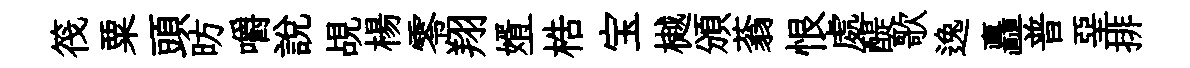
筏粟頭昉嚼説覘楊零翔婿一梏宝樾頒蓊恨處醍歌逸矗普堊排